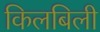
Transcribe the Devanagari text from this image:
किलबिली